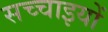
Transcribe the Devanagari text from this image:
सच्‍चाइयों